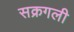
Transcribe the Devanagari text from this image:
सक्रगली